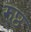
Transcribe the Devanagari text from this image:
रुष्ठ